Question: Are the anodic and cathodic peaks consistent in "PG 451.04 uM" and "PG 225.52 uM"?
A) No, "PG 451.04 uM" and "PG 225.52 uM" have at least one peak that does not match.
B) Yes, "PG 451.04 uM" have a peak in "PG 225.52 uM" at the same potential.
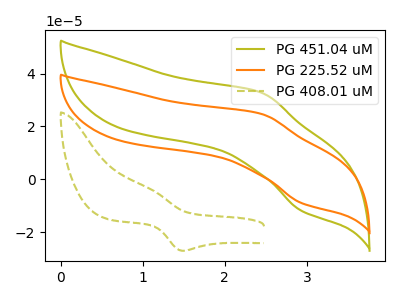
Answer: <think>The olive curve "PG 451.04 uM" has an anodic peak at (2.45V, 32.70uA) and a cathodic peak at (2.95V, -11.90uA). The orange curve "PG 225.52 uM" has an anodic peak at (2.45V, 24.70uA) and a cathodic peak at (2.95V, -8.95uA). The olive dashed curve "PG 408.01 uM" has an anodic peak at (1.10V, -3.85uA) and a cathodic peak at (1.50V, -27.10uA).</think>
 <answer>B) Yes, "PG 451.04 uM" have a peak in "PG 225.52 uM" at the same potential.</answer>
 <eval>B</eval>